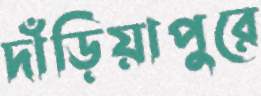
দাঁড়িয়াপুরে